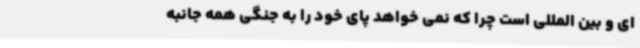
ای و بین المللی است چرا که نمی خواهد پای خود را به جنگی همه جانبه